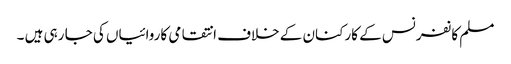
مسلم کانفرنس کے کارکنان کے خلاف انتقامی کاروائیاں کی جا رہی ہیں ۔